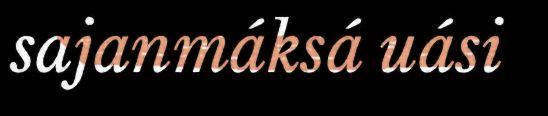
sajanmáksá uási